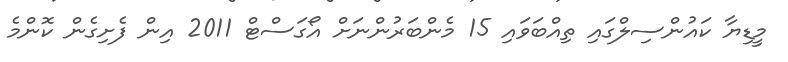
މީޑިޔާ ކައުންސިލްގައި ތިއްބަވައި 15 މެންބަރުންނަށް އޯގަސްޓް 2011 އިން ފެށިގެން ކޮންމެ